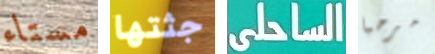
مستاء جثتها الساحلى مرحبا